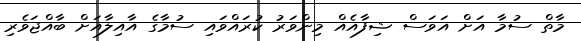
މާތް ސުމާ އަށް އަވަސް ޝިފާއެއް މިންވަރު ކުރައްވައި ސުމާގެ އާއިލާއަށް ބާއްޖަވެރި